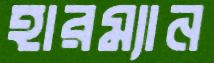
হারম্যান